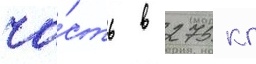
ча́сть в 275 кг